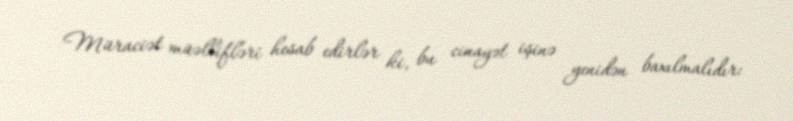
Müraciət müəllifləri hesab edirlər ki, bu cinayət işinə yenidən baxılmalıdır: